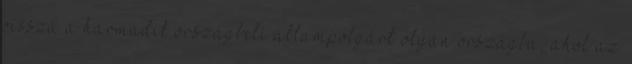
vissza a harmadik országbeli állampolgárt olyan országba, ahol az